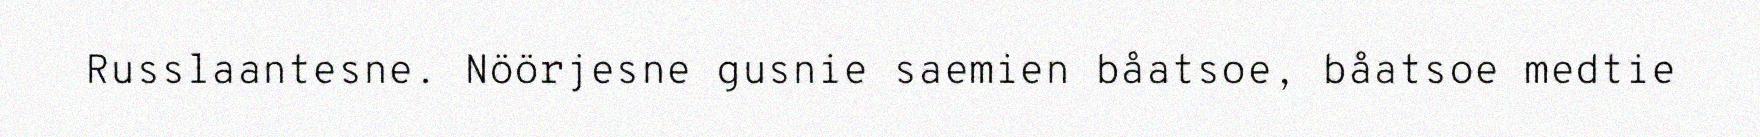
Russlaantesne. Nöörjesne gusnie saemien båatsoe, båatsoe medtie